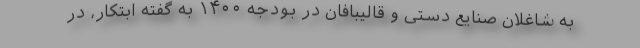
به شاغلان صنایع دستی و قالیبافان در بودجه ۱۴۰۰ به گفته ابتکار، در